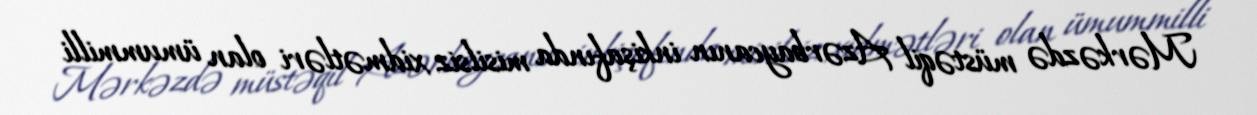
Mərkəzdə müstəqil Azərbaycanın inkişafında misilsiz xidmətləri olan ümummilli